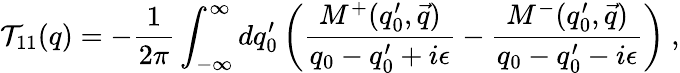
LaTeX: {\cal T}_{11}(q)=-\frac{1}{2\pi}\int_{-\infty}^{\infty}dq_{0}^{\prime}\left(\frac{M^{+}(q_{0}^{\prime},\vec{q})}{q_{0}-q_{0}^{\prime}+i\epsilon}-\frac{M^{-}(q_{0}^{\prime},\vec{q})}{q_{0}-q_{0}^{\prime}-i\epsilon}\right)~,